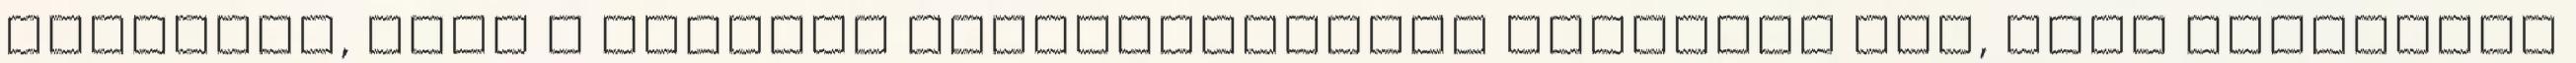
Javaslom, hogy a döntési kompetenciánál soroljuk fel, hogy konkrétan